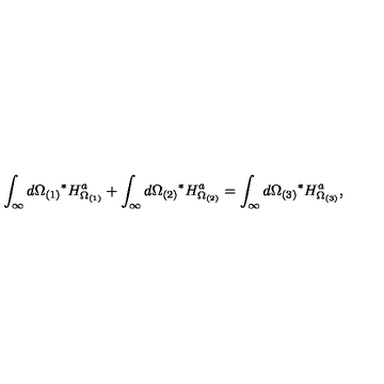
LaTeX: \int _ { \infty } d \Omega _ { ( 1 ) } { } ^ { * } H _ { \Omega _ { ( 1 ) } } ^ { a } + \int _ { \infty } d \Omega _ { ( 2 ) } { } ^ { * } H _ { \Omega _ { ( 2 ) } } ^ { a } = \int _ { \infty } d \Omega _ { ( 3 ) } { } ^ { * } H _ { \Omega _ { ( 3 ) } } ^ { a } ,